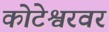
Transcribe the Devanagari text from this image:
कोटेश्वरवर